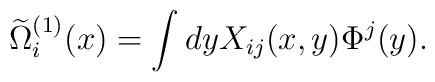
\widetilde{\Omega}_i^{(1)}(x) = \int dy X_{ij}(x,y)\Phi^j(y).